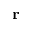
{ \bf \Delta r }